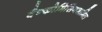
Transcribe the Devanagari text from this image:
वैन्कोमिसिनशामिल